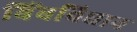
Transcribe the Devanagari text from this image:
बिंबविधान